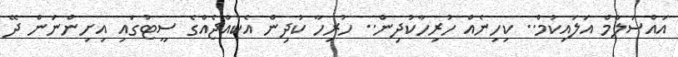
އައްސަލާމް އަލައިކުމް.. ކިހިނެއް ހުރިހާކުދިން.. ހުރިހާ ކުދިން އެކުއްޖެއްގެ ސީޓުގައި އިށިންނަން ދޭ